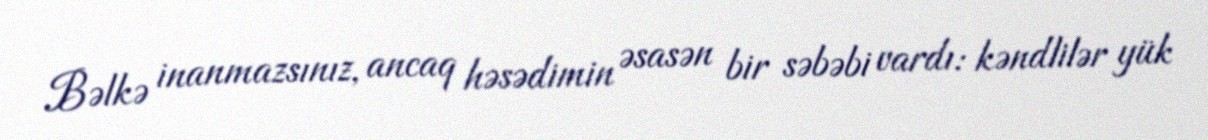
Bəlkə inanmazsınız, ancaq həsədimin əsasən bir səbəbi vardı: kəndlilər yük